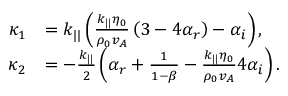
\begin{array} { r l } { \kappa _ { 1 } } & { = k _ { | | } \left( \frac { k _ { | | } \eta _ { 0 } } { \rho _ { 0 } v _ { A } } \left( 3 - 4 \alpha _ { r } \right) - \alpha _ { i } \right) , } \\ { \kappa _ { 2 } } & { = - \frac { k _ { | | } } { 2 } \left( \alpha _ { r } + \frac { 1 } { 1 - \beta } - \frac { k _ { | | } \eta _ { 0 } } { \rho _ { 0 } v _ { A } } 4 \alpha _ { i } \right) . } \end{array}